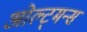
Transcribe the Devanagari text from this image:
ओल्ट्मन्स